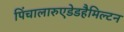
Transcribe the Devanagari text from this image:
पिंचालारुएडेडहैमिल्टन